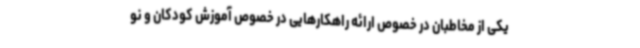
یکی از مخاطبان در خصوص ارائه راهکارهایی در خصوص آموزش کودکان و نو